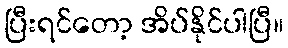
ပြီးရင်တော့ အိပ်နိုင်ပါပြီ။